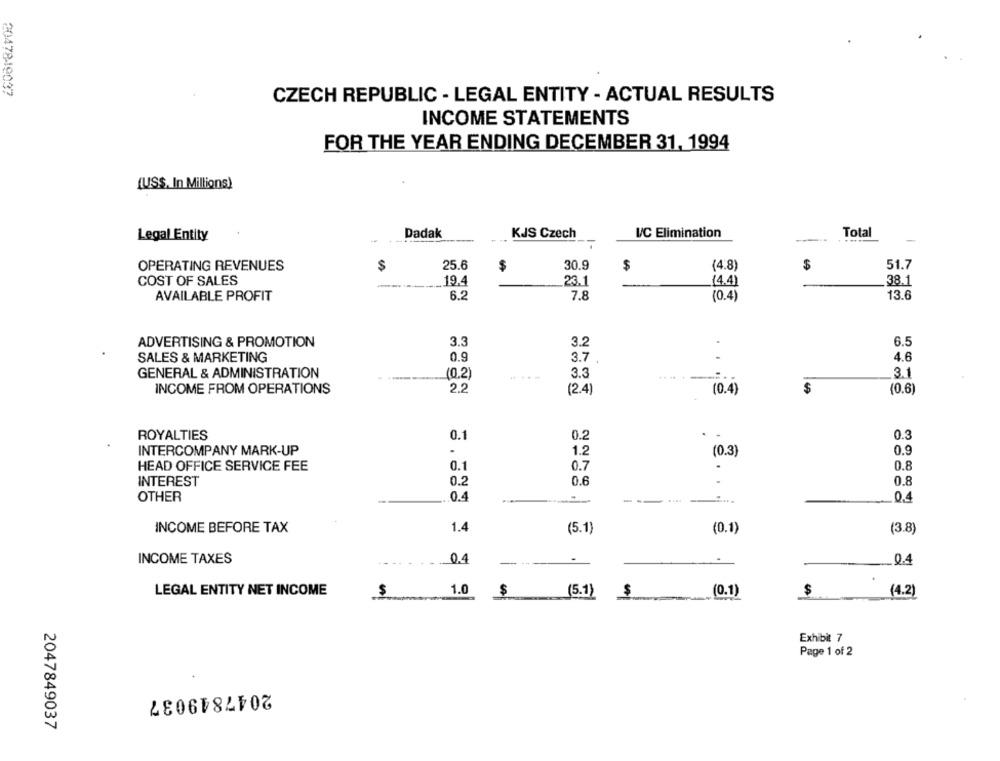
2047849037
CZECH REPUBLIC - LEGAL ENTITY - ACTUAL RESULTS
INCOME STATEMENTS
FOR THE YEAR ENDING DECEMBER 31, 1994
(US$, In Millions)
Legal Entity
Dadak
KJS Czech
I/C Elimination
Total
------
$
25.6
30.9
$
(4.8)
$
51.7
OPERATING REVENUES
$
COST OF SALES
19.4
23.1
(4.4)
---
38.1
AVAILABLE PROFIT
6.2
7.8
(0.4)
13.6
ADVERTISING & PROMOTION
3.3
3.2
6.5
SALES & MARKETING
0.9
3.7
4.6
3.3
3.1
GENERAL & ADMINISTRATION
(0.2)
-
INCOME FROM OPERATIONS
2.2
(2.4)
(0.4)
(0.6)
0.3
ROYALTIES
0.1
0.2
.
1.2
INTERCOMPANY MARK-UP
(0.3)
0.9
0.7
0.8
HEAD OFFICE SERVICE FEE
0.1
.
0.6
INTEREST
0.2
0.8
OTHER
.0.4
--
....
0.4
INCOME BEFORE TAX
1.4
(5.1)
(0.1)
(3.8)
INCOME TAXES
0.4
Q.4
LEGAL ENTITY NET INCOME
$
1.0
$
(5.1)
$
(0.1)
$
(4.2)
Exhibit 7
Page 1 of 2
2047849037
2047849037